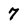
Character: 7